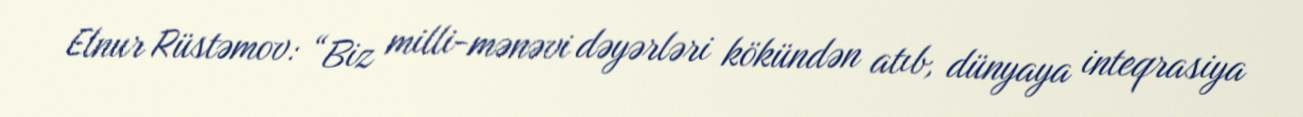
Elnur Rüstəmov: “Biz milli-mənəvi dəyərləri kökündən atıb, dünyaya inteqrasiya